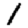
Digit: 1